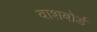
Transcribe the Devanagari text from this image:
वाशबोर्ड